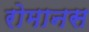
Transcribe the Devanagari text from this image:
रोमानस